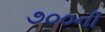
૭૦૦ની